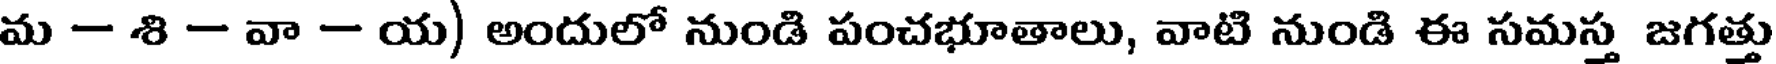
మ - శి - వా - య) అందులో నుండి పంచభూతాలు, వాటి నుండి ఈ సమస్త జగత్తు